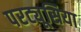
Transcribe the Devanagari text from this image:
परट्यूसिया